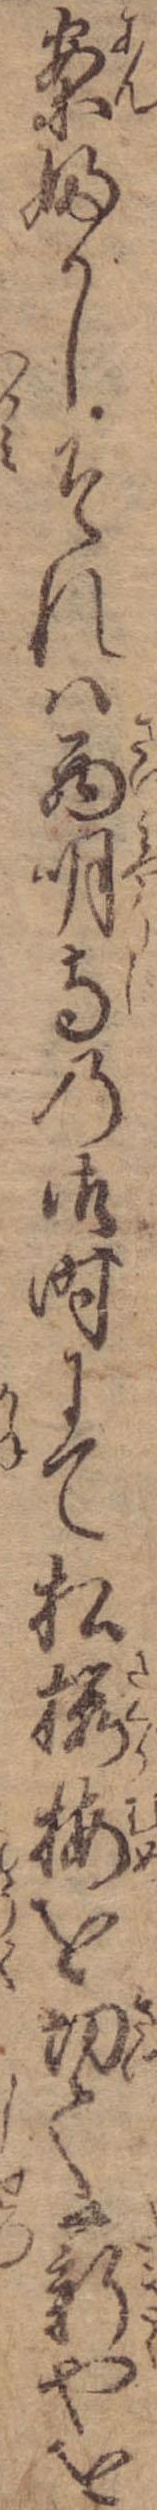
案ふかしそれは西明寺の御時にて松桜梅を切て薪やを